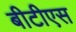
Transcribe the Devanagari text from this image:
बीटीएस